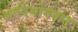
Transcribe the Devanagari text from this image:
आविर्भाववाद